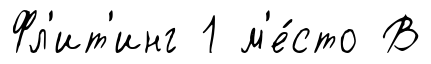
Фл'ит'инг 1 м'е́сто В